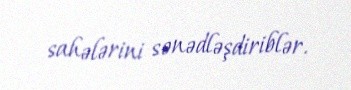
sahələrini sənədləşdiriblər.